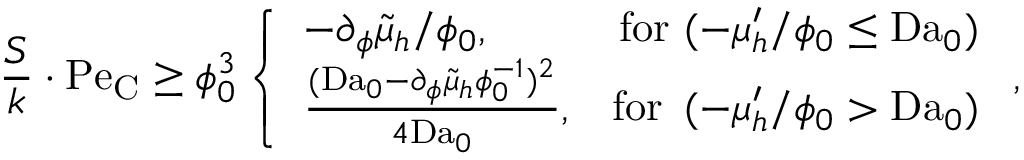
\frac { S } { k } \cdot \mathrm { P e } _ { \mathrm { C } } \geq \phi _ { 0 } ^ { 3 } \left\{ \begin{array} { l l } { - \partial _ { \phi } \tilde { \mu } _ { h } / \phi _ { 0 } , } & { \, \mathrm { f o r ~ } ( - \mu _ { h } ^ { \prime } / \phi _ { 0 } \leq \mathrm { D a } _ { 0 } ) } \\ { \frac { ( \mathrm { D a } _ { 0 } - \partial _ { \phi } \tilde { \mu } _ { h } \phi _ { 0 } ^ { - 1 } ) ^ { 2 } } { 4 \mathrm { D a } _ { 0 } } , } & { \mathrm { f o r ~ } \, ( - \mu _ { h } ^ { \prime } / \phi _ { 0 } > \mathrm { D a } _ { 0 } ) } \end{array} \right. ,